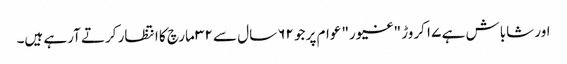
اور شاباش ہے ۱۷ کروڑ "غیور" عوام پر جو ۶۲ سال سے ۳۲ مارچ کا انتظار کرتے آرہے ہیں۔